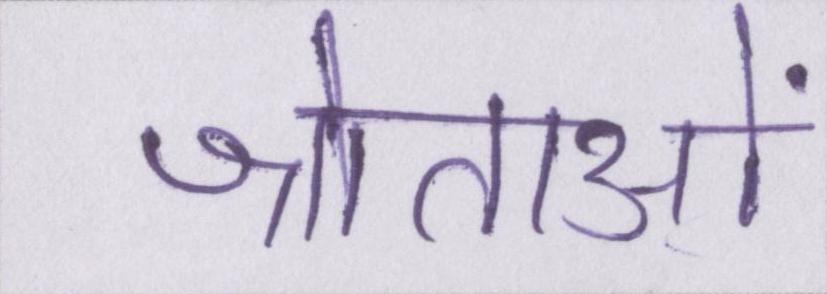
श्रोताओं